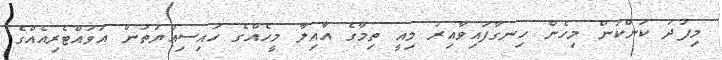
މިފަދަ ކަންކަން މިހެން ހިނގާފައިވާއިރު މިއީ ތިމާގެ އާއިލާ މީހެއްގެ ހައިސިއްޔަތުން އަވައްޓެރިއެއްގެ